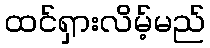
ထင်ရှားလိမ့်မည်